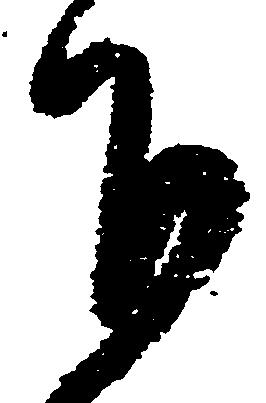
下